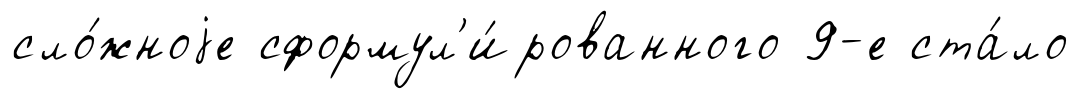
сло́жноjе сформул'и́рованного 9-е ста́ло